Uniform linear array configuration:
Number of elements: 8
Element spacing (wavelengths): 0.75
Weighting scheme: binomial
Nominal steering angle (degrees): -30
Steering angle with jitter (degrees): -28.424
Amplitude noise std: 0.05
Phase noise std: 0.05

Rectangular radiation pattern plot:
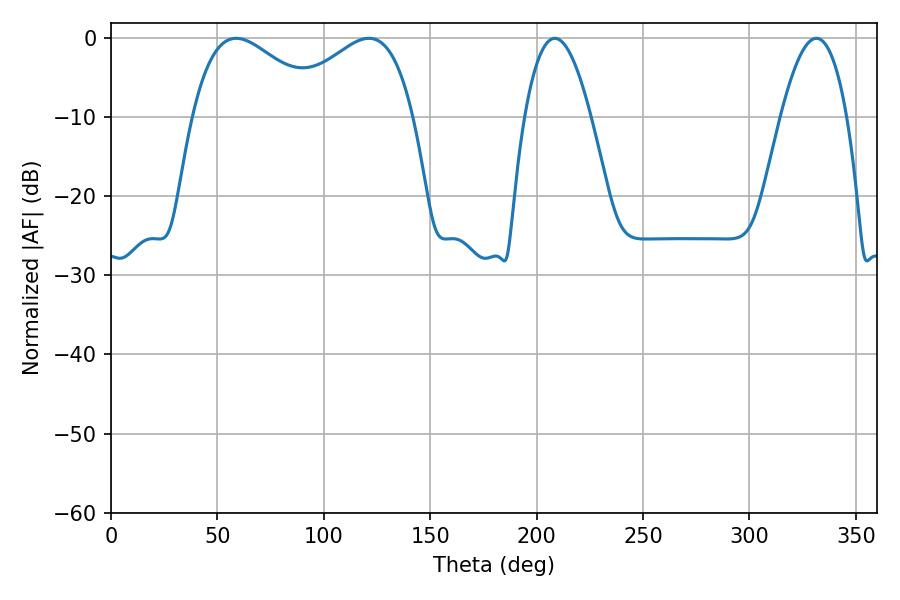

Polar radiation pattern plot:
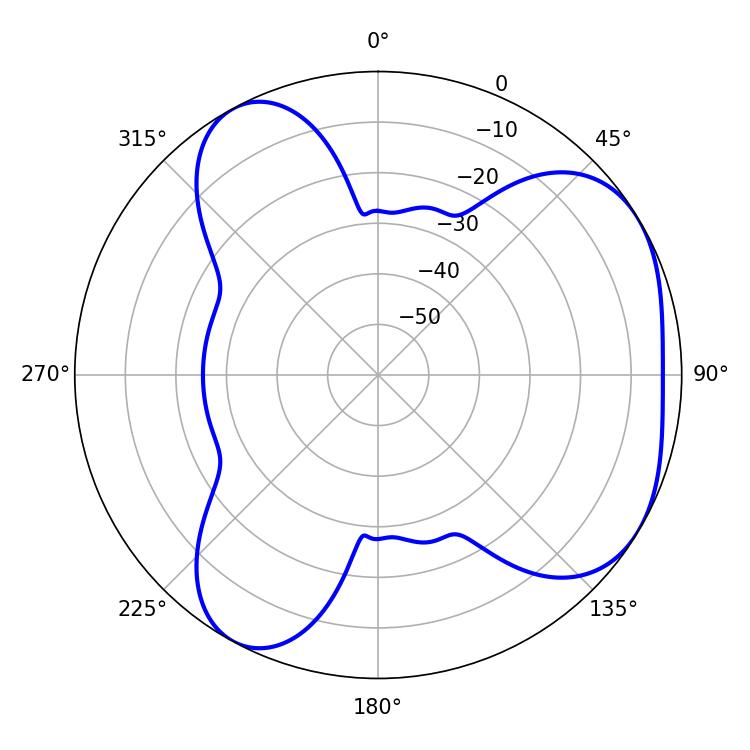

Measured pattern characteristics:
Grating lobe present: TRUE
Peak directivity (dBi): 4.489
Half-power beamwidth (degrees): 33.84
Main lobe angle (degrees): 58.86